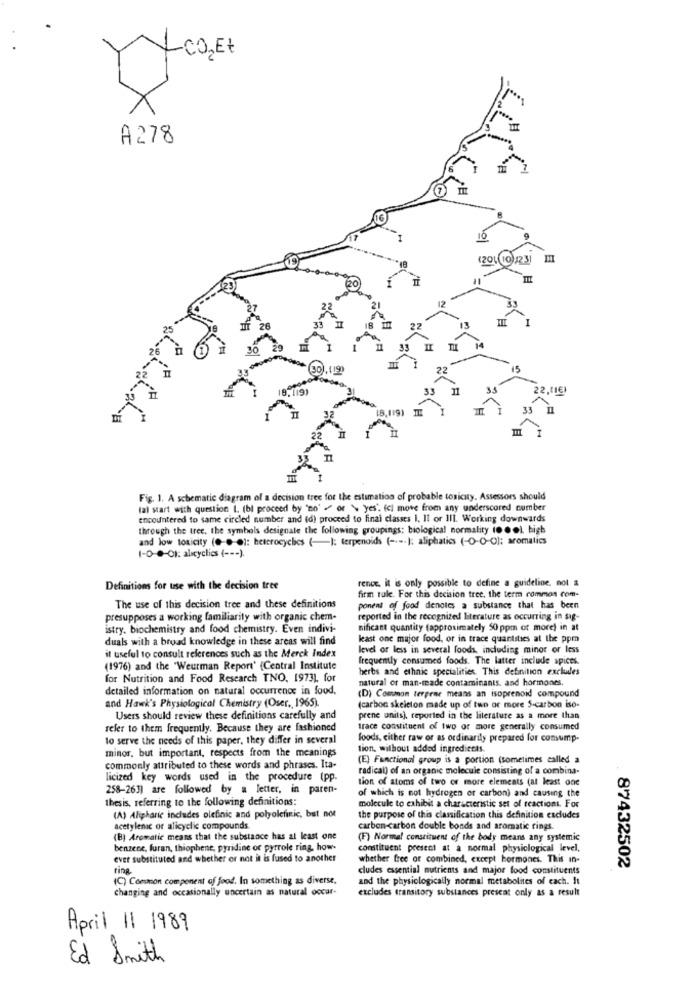
YCO2 EZ
A278
10
(201 10)1231
12
I
TIL
22,(16)
Fig. 1. A schematic diagram of a decision tree for the estimation of probable toxicity. Assessors should
(a) start with question I. (bl proceed by "no" - or > yes'. (c) move from any underscored number
encountered to same circled number and (d) proceed to final classes I. Il or III. Working downwards
through the tree, the symbols designate the following groupings: biological normality 10 0 0), high
and low toxicity (0-0-0): heterocyclics (-): terpenoids ( -... ]; aliphatics (-0-0-0): aromatics
1-0-0-01: alıcyclies ( --- ).
rence, it is only possible to define a guideline. not a
Definitions for use with the decision tree
firm tale. For this decision tree, the term common com-
The use of this decision tree and these definitions
ponent of food denotes a substance that has been
presupposes a working familiarity with organic chem-
reported in the recognized literature as occurring in sig-
istry. biochemistry and food chemistry. Even indivi-
nificant quantity (approximately 50 ppm or more) in at
duals with a broad knowledge in these areas will find
least one major food, or in trace quantities at the ppm
level or less in several foods, including minor or less
it useful to consult references such as the Merck Index
frequently consumed foods. The latter include spices.
(1976) and the "Weurman Report' {Central Institute
herbs and ethnic specialities. This definition excludes
for Nutrition and Food Research TNO, 1973), for
natural or man-made contaminants, and hormones.
detailed information on natural occurrence in food,
(D) Common terpene means an isoprenoid compound
and Hawk's Physiological Chemistry (Oser ., 1965).
(carbon skeleton made up of two or more 5-carbon iso-
Users should review these definitions carefully and
prene units), reported in the literature as a more than
refer to them frequently. Because they are fashioned
trace constituent of two or more generally consumed
to serve the needs of this paper, they differ in several
foods, cither raw or as ordinarily prepared for comump-
tion, without added ingredients.
minor, but important, respects from the meanings
(E) Functional group is a portion (sometimes called a
commonly attributed to these words and phrases. Ita-
radical) of an organic molecule consisting of a combina-
licized key words used in the procedure (pp.
tion of atoms of two or more elements (at least one
258-263) are followed by a letter, in paren-
of which is not hydrogen or carbon) and causing the
thesis, referring to the following definitions:
molecule to exhibit a characteristic set of reactions. For
(A) Alipharie includes olefinic and polyolefinic, but not
the purpose of this classification this definition excludes
acetylenic or alicyclic compounds.
carbon-carbon double bonds and aromatic rings.
(B) Aromatic means that the substance has al least one
(F) Normal constituent of the body means any systemic
benzene, furan, thiophene, pyridine or pyrrole ring, how-
constituent present at a normal physiological level,
ever substituted and whether or not it is fused to another
whether free of combined, except hormones. This in-
ting
cludes essential nutrients and major food constituents
87432502
(C) Common component of food. In something as diverse,
and the physiologically normal metabolites of each. It
changing and occasionally uncertain as natural occur-
excludes transitory substances prescat only as a result
April 11 1989
Ed Smith